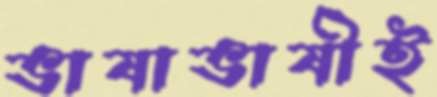
ভাষাভাষীই